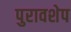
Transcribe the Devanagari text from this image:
पुरावशेप